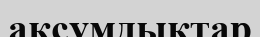
аксумдықтар